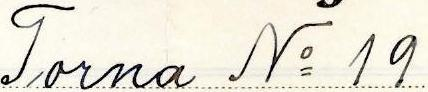
Torna No 19